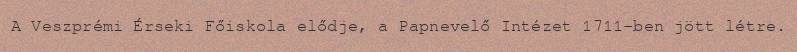
A Veszprémi Érseki Főiskola elődje, a Papnevelő Intézet 1711-ben jött létre.